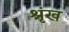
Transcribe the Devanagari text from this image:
श्रृंख